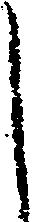
し